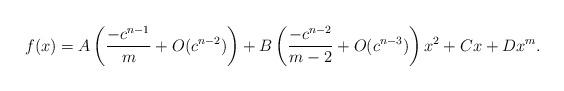
LaTeX: \begin{align*}f(x) = A\left( \frac{-c^{n-1}}{m}+O(c^{n-2}) \right)+B\left( \frac{-c^{n-2}}{m-2} + O(c^{n-3}) \right)x^2+Cx+Dx^m.\end{align*}